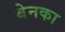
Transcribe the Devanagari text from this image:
बेनका